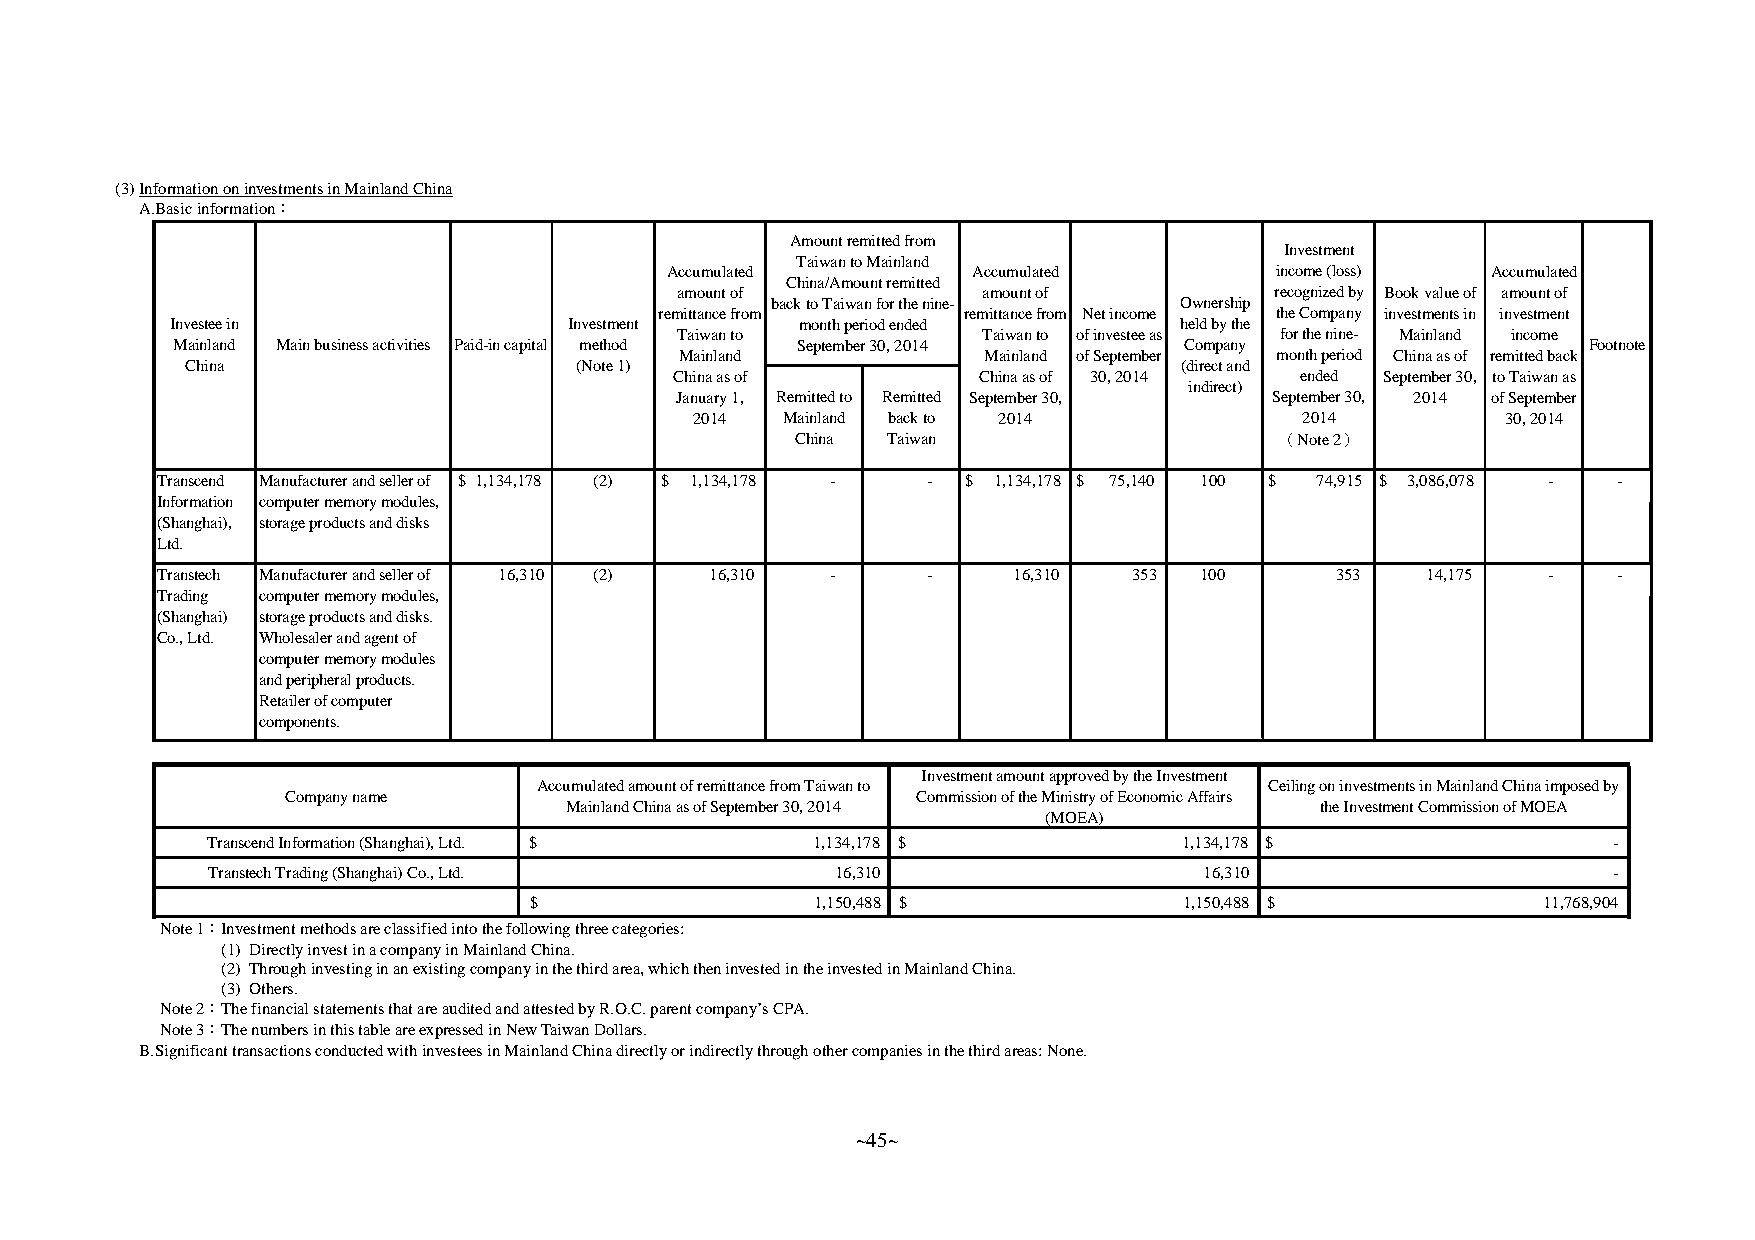
(3)InformationoninvestmentsinMainlandChina
 A.Basicinformation：
 Amountremittedfrom
 Investment
 TaiwantoMainland
 Accumulated         Accumulated         income(loss)   Accumulated
 China/Amountremitted
 amountof            amountof           recognizedby Bookvalueof amountof
 backtoTaiwanforthenine-    Ownership
 remittancefrom      remittancefrom Netincome theCompany investmentsin investment
 Investeein                 Investment     monthperiodended         heldbythe
 Taiwanto            Taiwanto ofinvesteeas forthenine- Mainland income
 Mainland Mainbusinessactivities Paid-incapital method September30,2014 Company                Footnote
 Mainland            Mainland ofSeptember monthperiod Chinaasof remittedback
 China                     (Note1)                                 (directand
 Chinaasof           Chinaasof 30,2014    ended September30, toTaiwanas
 indirect)
 January1, Remittedto Remitted September30, September30, 2014 ofSeptember
 2014  Mainland backto 2014              2014          30,2014
 China Taiwan                    （Note2）
 Transcend Manufacturerandsellerof $ 1,134,178 (2) $ 1,134,178 - - $ 1,134,178 $ 75,140 100 $ 74,915 $ 3,086,078 - -
 Information computermemorymodules,
 (Shanghai), storageproductsanddisks
 Ltd.
 Transtech Manufacturerandsellerof 16,310 (2) 16,310 - -  16,310  353 100      353   14,175  -    -
 Trading computermemorymodules,
 (Shanghai) storageproductsanddisks.
 Co.,Ltd. Wholesalerandagentof
 computermemorymodules
 andperipheralproducts.
 Retailerofcomputer
 components.
 InvestmentamountapprovedbytheInvestment
 AccumulatedamountofremittancefromTaiwanto       CeilingoninvestmentsinMainlandChinaimposedby
 Companyname                               CommissionoftheMinistryofEconomicAffairs
 MainlandChinaasofSeptember30,2014                 theInvestmentCommissionofMOEA
 (MOEA)
 TranscendInformation(Shanghai),Ltd. $   1,134,178 $             1,134,178 $                  -
 TranstechTrading(Shanghai)Co.,Ltd.       16,310                   16,310                     -
 $                  1,150,488 $             1,150,488 $             11,768,904
 Note1：Investmentmethodsareclassifiedintothefollowingthreecategories:
 (1) DirectlyinvestinacompanyinMainlandChina.
 (2) Throughinvestinginanexistingcompanyinthethirdarea,whichtheninvestedintheinvestedinMainlandChina.
 (3) Others.
 Note2：ThefinancialstatementsthatareauditedandattestedbyR.O.C.parentcompany’sCPA.
 Note3：ThenumbersinthistableareexpressedinNewTaiwanDollars.
 B.SignificanttransactionsconductedwithinvesteesinMainlandChinadirectlyorindirectlythroughothercompaniesinthethirdareas:None.
 ~45~